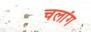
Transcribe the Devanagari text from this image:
चलांग